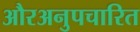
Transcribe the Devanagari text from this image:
औरअनुपचारित